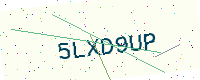
Text: 5LXD9UP